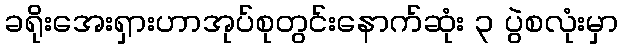
ခရိုးအေးရှားဟာအုပ်စုတွင်းနောက်ဆုံး ၃ ပွဲစလုံးမှာ